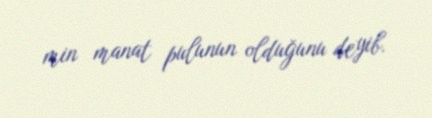
min manat pulunun olduğunu deyib.